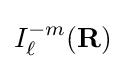
I_{\ell }^{-m}(\mathbf {R} )